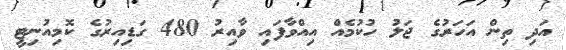
އަދި ތިން އަހަރުގެ ޖަލު ހުކުމެއް އިއްވާފައި ވާއިރު 480 ގަޑިއިރުގެ ކޮމިއުނިޓީ